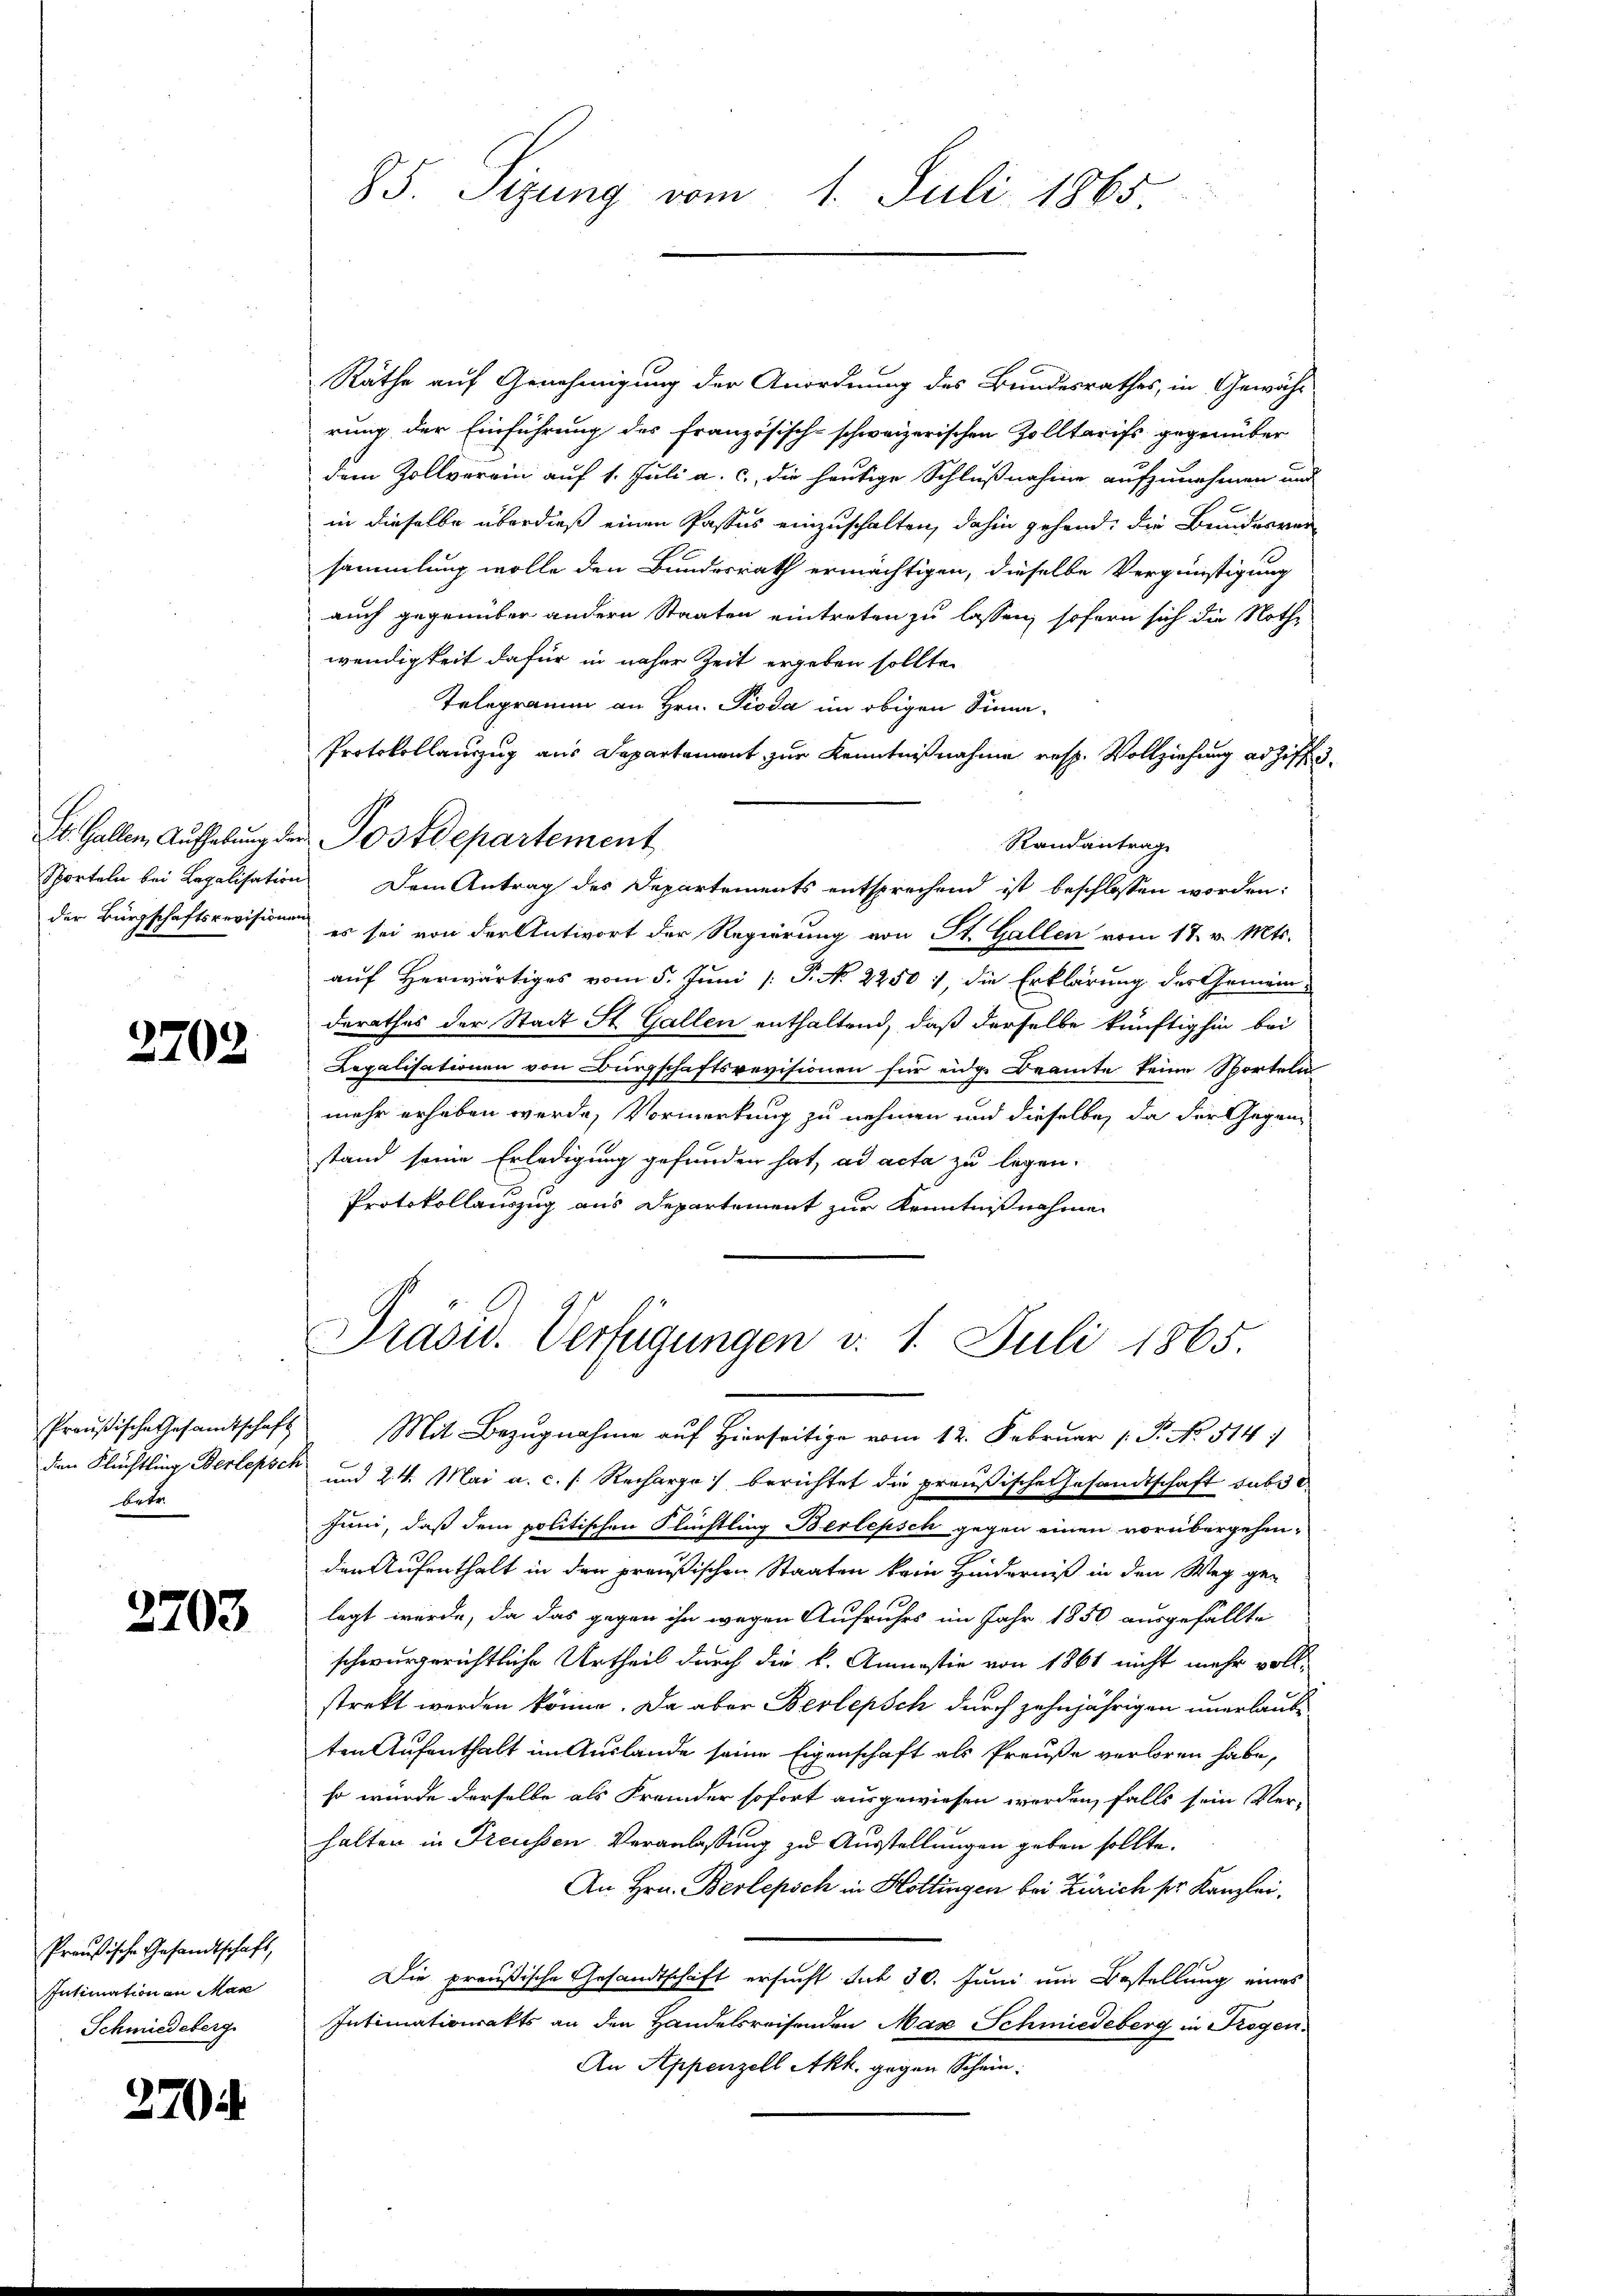
3702.

betr.

2703

Preußische Gesandtschaft,
Intimation an Man
Schmiedeberg

270 d

85. Sizung vom 1. Juli 1865.

Räthe auf Genehmigung der Anordnung des Bundesrathes, in Gewähr
rung der Einführung des französisch-schweizerischen Zolltarifs gegenüber
dem Zollverein auf 1. Juli a. c., die heutige Schlußnahme aufzunehmen und
in dieselbe überdieß einen Passus einzuschalten, dahin gehend, die Bundesver
sammlung wolle den Bundesrath ermächtigen, dieselbe Vergünstigung
auch gegenüber andern Staaten eintreten zu lassen, sofern sich die Nothe
wendigkeit dafür in näher Zeit ergeben sollte.
Telegramm an Hrn. Pioda im obigen Sinne-
Protokollauszug aus Departement zur Kenntnißnahme resp. Vollziehung ad Ziff. 3.
Randantrag
Sporteln bei Legalisation Dem Antrag des Departements entsprechend ist beschlossen worden:
der Bürgschaftsrevisionen es sei von der Antwort der Regierung von St. Gallen vom 18. v. Mts.
auf Herwärtiges vom 5. Juni [ P. No 2250), die Erklärung der Gemeinderathes der Stadt St. Gallen enthaltend, daß derselbe künftighin bei
Legalisationen von Bürgschaftsrevisionen für eidge Beamte keine Sporteln
mehr erheben werde, Vormerkung zu nehmen und dieselbe, da der Gegenstand seine Erledigung gefunden hat, ad acta zu legen.
Protokollauszug aus Departement zur Kenntnißnahmen
Präsid. Verfügungen v. 1. Juli 1865.
Preußische Gesandtschaft Mit Bezugnahme auf hierseitige vom 12. Februar 1 P. No. 514.
den Flüchtling Berlepsck und 24. Mai a. c. s. Recharge berichtet die preußische Gesandtschaft subst
Juni, daß dem politischen Flüchtling Berlepsch gegen einen vorübergehenden Aufenthalt in den preußischen Staaten kein Hinderniß in den Weg ge-
legt wurde, da das gegen ihn wegen Aufruhes im Jahr 1850 ausgefällte
schwurgerichtliche Urtheil durch die k. Ammastie von 1861 nicht mehr voll-
strekt werden könne. Da aber Berlepsch durch zehnjährigen unerlaube
ten Aufenthalt im Auslande seine Eigenschaft als Preuße verloren habe,
so würde derselbe als Fremder sofort ausgewiesen werden, falls sein Ver-
halten in Freussen Veranlassung zu Ausstellungen geben sollte.
An Hrn. Berlepsch in Hottingen bei Zürich ser Kanzlei¬
Die preußische Gesandtschaft ersucht sub 30. Juni um Bestellung eines
Intimationsakts an den Handelsreisenden Max Schmiedeberg in Trogen
An Appenzell Akk. gegen Schein:

St. Gallen Aufhebŭng der Postdepartement